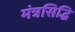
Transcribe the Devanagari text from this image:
मंत्रसिद्धि